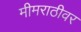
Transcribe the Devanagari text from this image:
मीमराठीवर